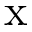
\mathrm { x }